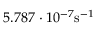
5 . 7 8 7 \cdot 1 0 ^ { - 7 } \mathrm { s } ^ { - 1 }